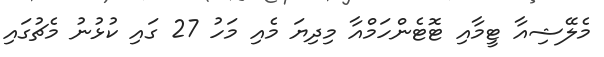
މެލޭޝިއާ ޓީމާއި ޓޮޓެންހަމްއާ މިދިޔަ މެއި މަހު 27 ގައި ކުޅުނު މެޗުގައި